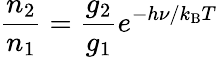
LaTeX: {\frac{n_{2}}{n_{1}}}={\frac{g_{2}}{g_{1}}}e^{-h\nu/k_{\mathrm{B}}T}